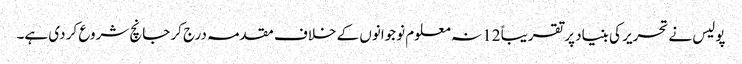
پولیس نے تحریر کی بنیاد پر تقریباً 12 نہ معلوم نوجوانوں کے خلاف مقدمہ درج کر جانچ شروع کر دی ہے۔